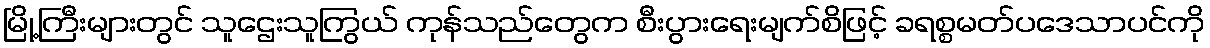
မြို့ကြီးများတွင် သူဌေးသူကြွယ် ကုန်သည်တွေက စီးပွားရေးမျက်စိဖြင့် ခရစ္စမတ်ပဒေသာပင်ကို